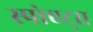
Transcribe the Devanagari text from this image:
स्पोएट्स